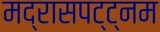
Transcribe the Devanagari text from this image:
मद्रासपट्ट्नम